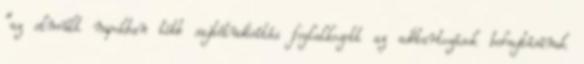
"az elmúlt napokban több sajtótudósítás foglalkozott az adótartozások behajtásának